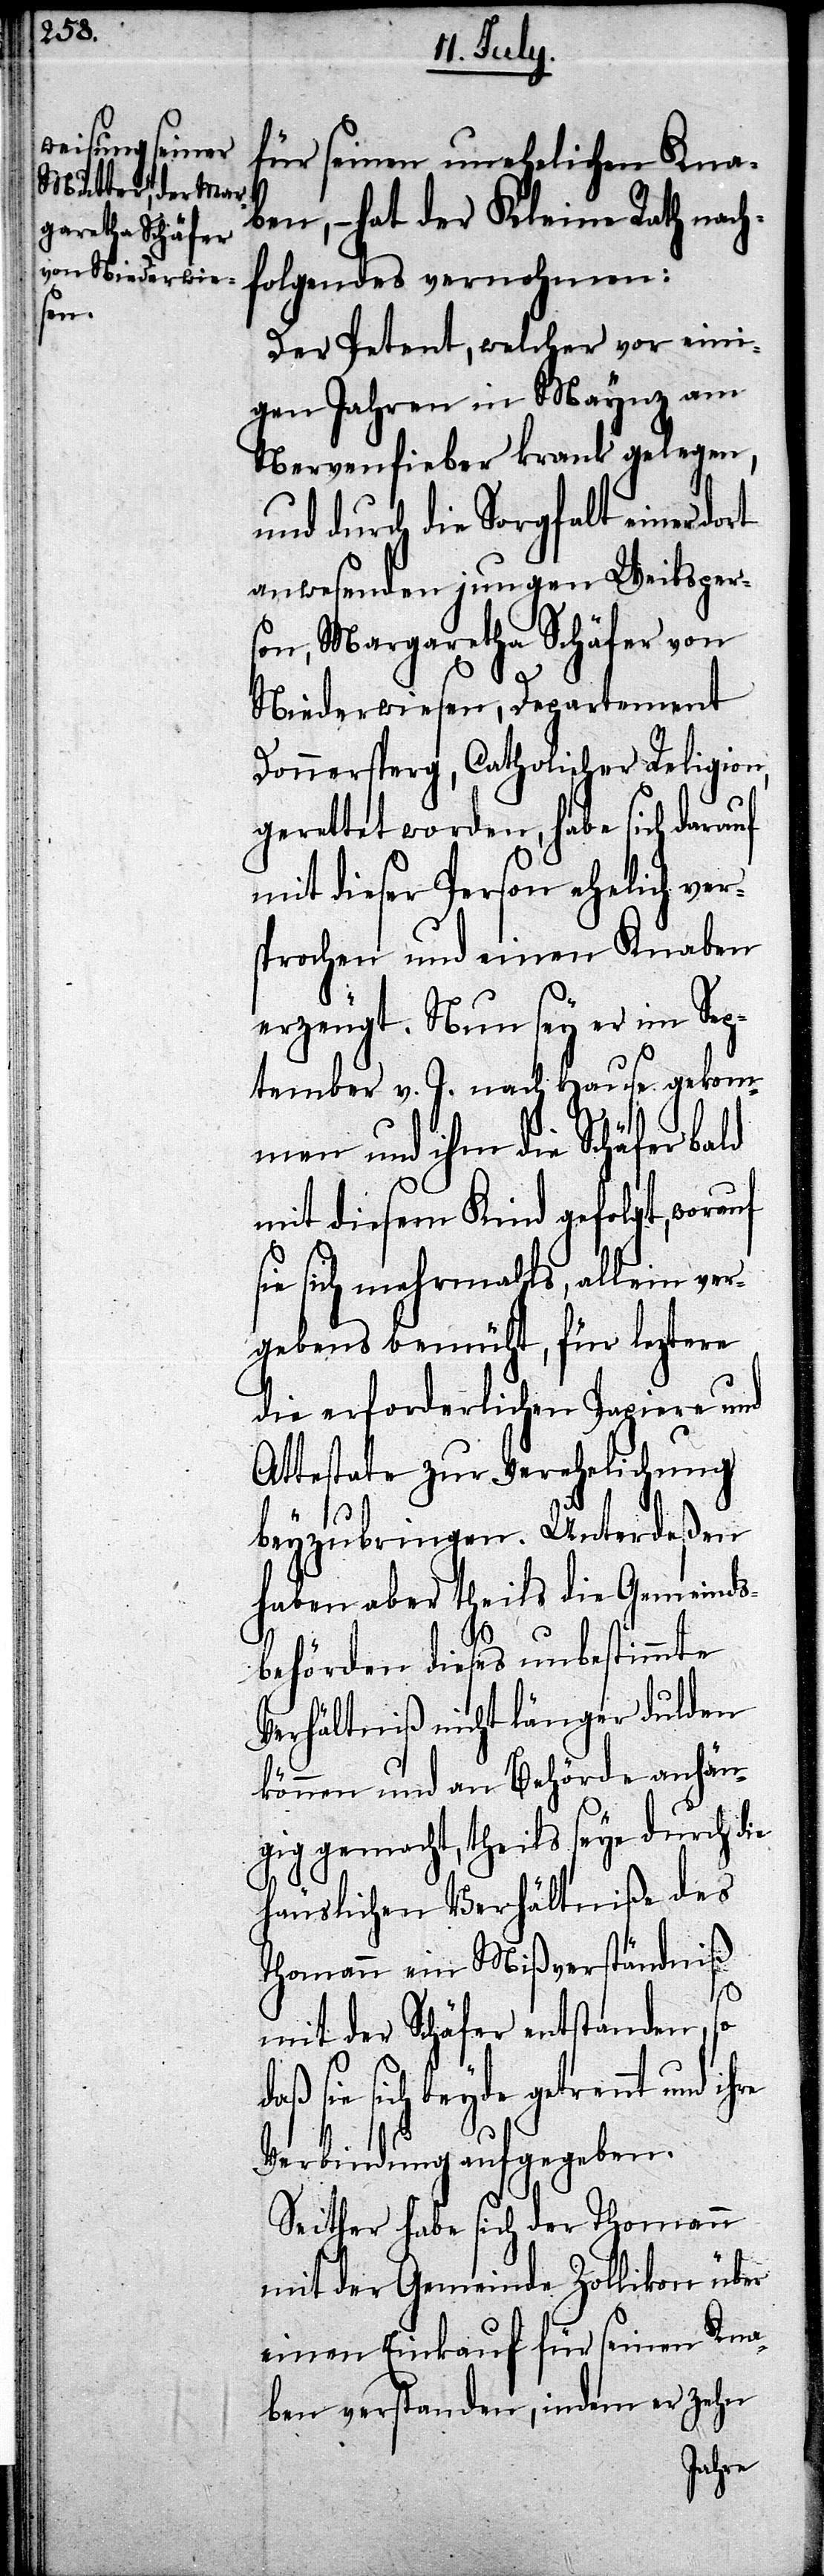
für seinen unehelichen Kna¬
ben, – hat der Kleine Rath nach¬
folgendes vernohmen:
Der Petent, welcher vor eini¬
gen Jahren in Maynz am
Nervenfieber krank gelegen,
und durch die Sorgfalt einer
anwesenden jungen Weibsper¬
son, Margaretha Schäfer von
Niederwiesen, Departement
Donnersperg, Catholischer Religion,
gerettet worden, habe sich darauf
mit dieser Person ehelich ver¬
sprochen und einen Knaben
erzeugt. Nun sey er im Sep¬
tember v. J. nach Hause gekom¬
men und ihm die Schäfer bald
mit diesem Kind gefolgt, worauf
sie sich mehrmahls, allein ver¬
gebens bemüht, für leztere
die erforderlichen Papiere und
Attestate zur Verehelichung
beyzubringen. Unterdeßen
haben aber theils die Gemeinds¬
behörden dieses unbestimmte
Verhältniß nicht länger dulden
können und an Behörde anhän¬
gig gemacht, theils seye durch die
häuslichen Verhältniße des
Thomann ein Mißverständniß
mit der Schäfer entstanden,
sie sich beyde getrennt und
Verbindung aufgegeben.
Seither habe sich der Thomann
mit der Gemeinde Zollikon über
einen Einkauf für seinen Kna¬
ben verstanden, indem er zehn